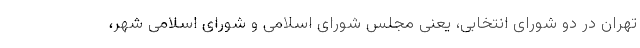
تهران در دو شورای انتخابی، یعنی مجلس شورای اسلامی و شورای اسلامی شهر،